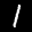
Label: 1